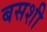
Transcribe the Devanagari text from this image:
बसशी